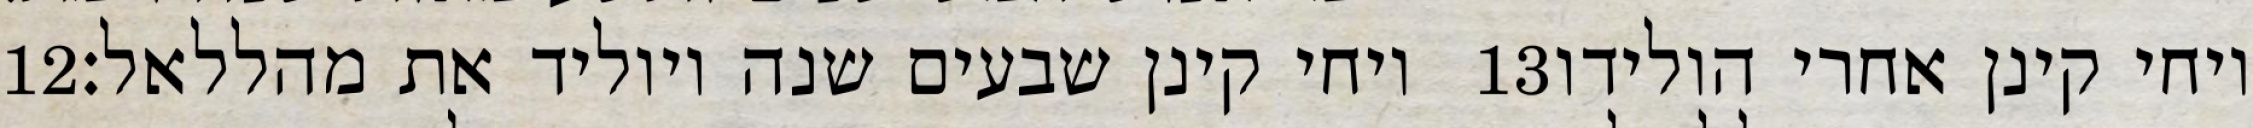
‎12‏ ויחי קינן שבעים שנה ויוליד את מהללאל׃ ‎13‏ ויחי קינן אחרי הולידו